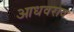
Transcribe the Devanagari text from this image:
आधवराव